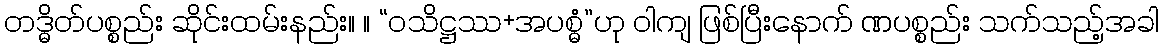
တဒ္ဓိတ်ပစ္စည်း ဆိုင်းထမ်းနည်း။ ။ “ဝသိဋ္ဌဿ+အပစ္ဓံ”ဟု ဝါကျ ဖြစ်ပြီးနောက် ဏပစ္စည်း သက်သည့်အခါ